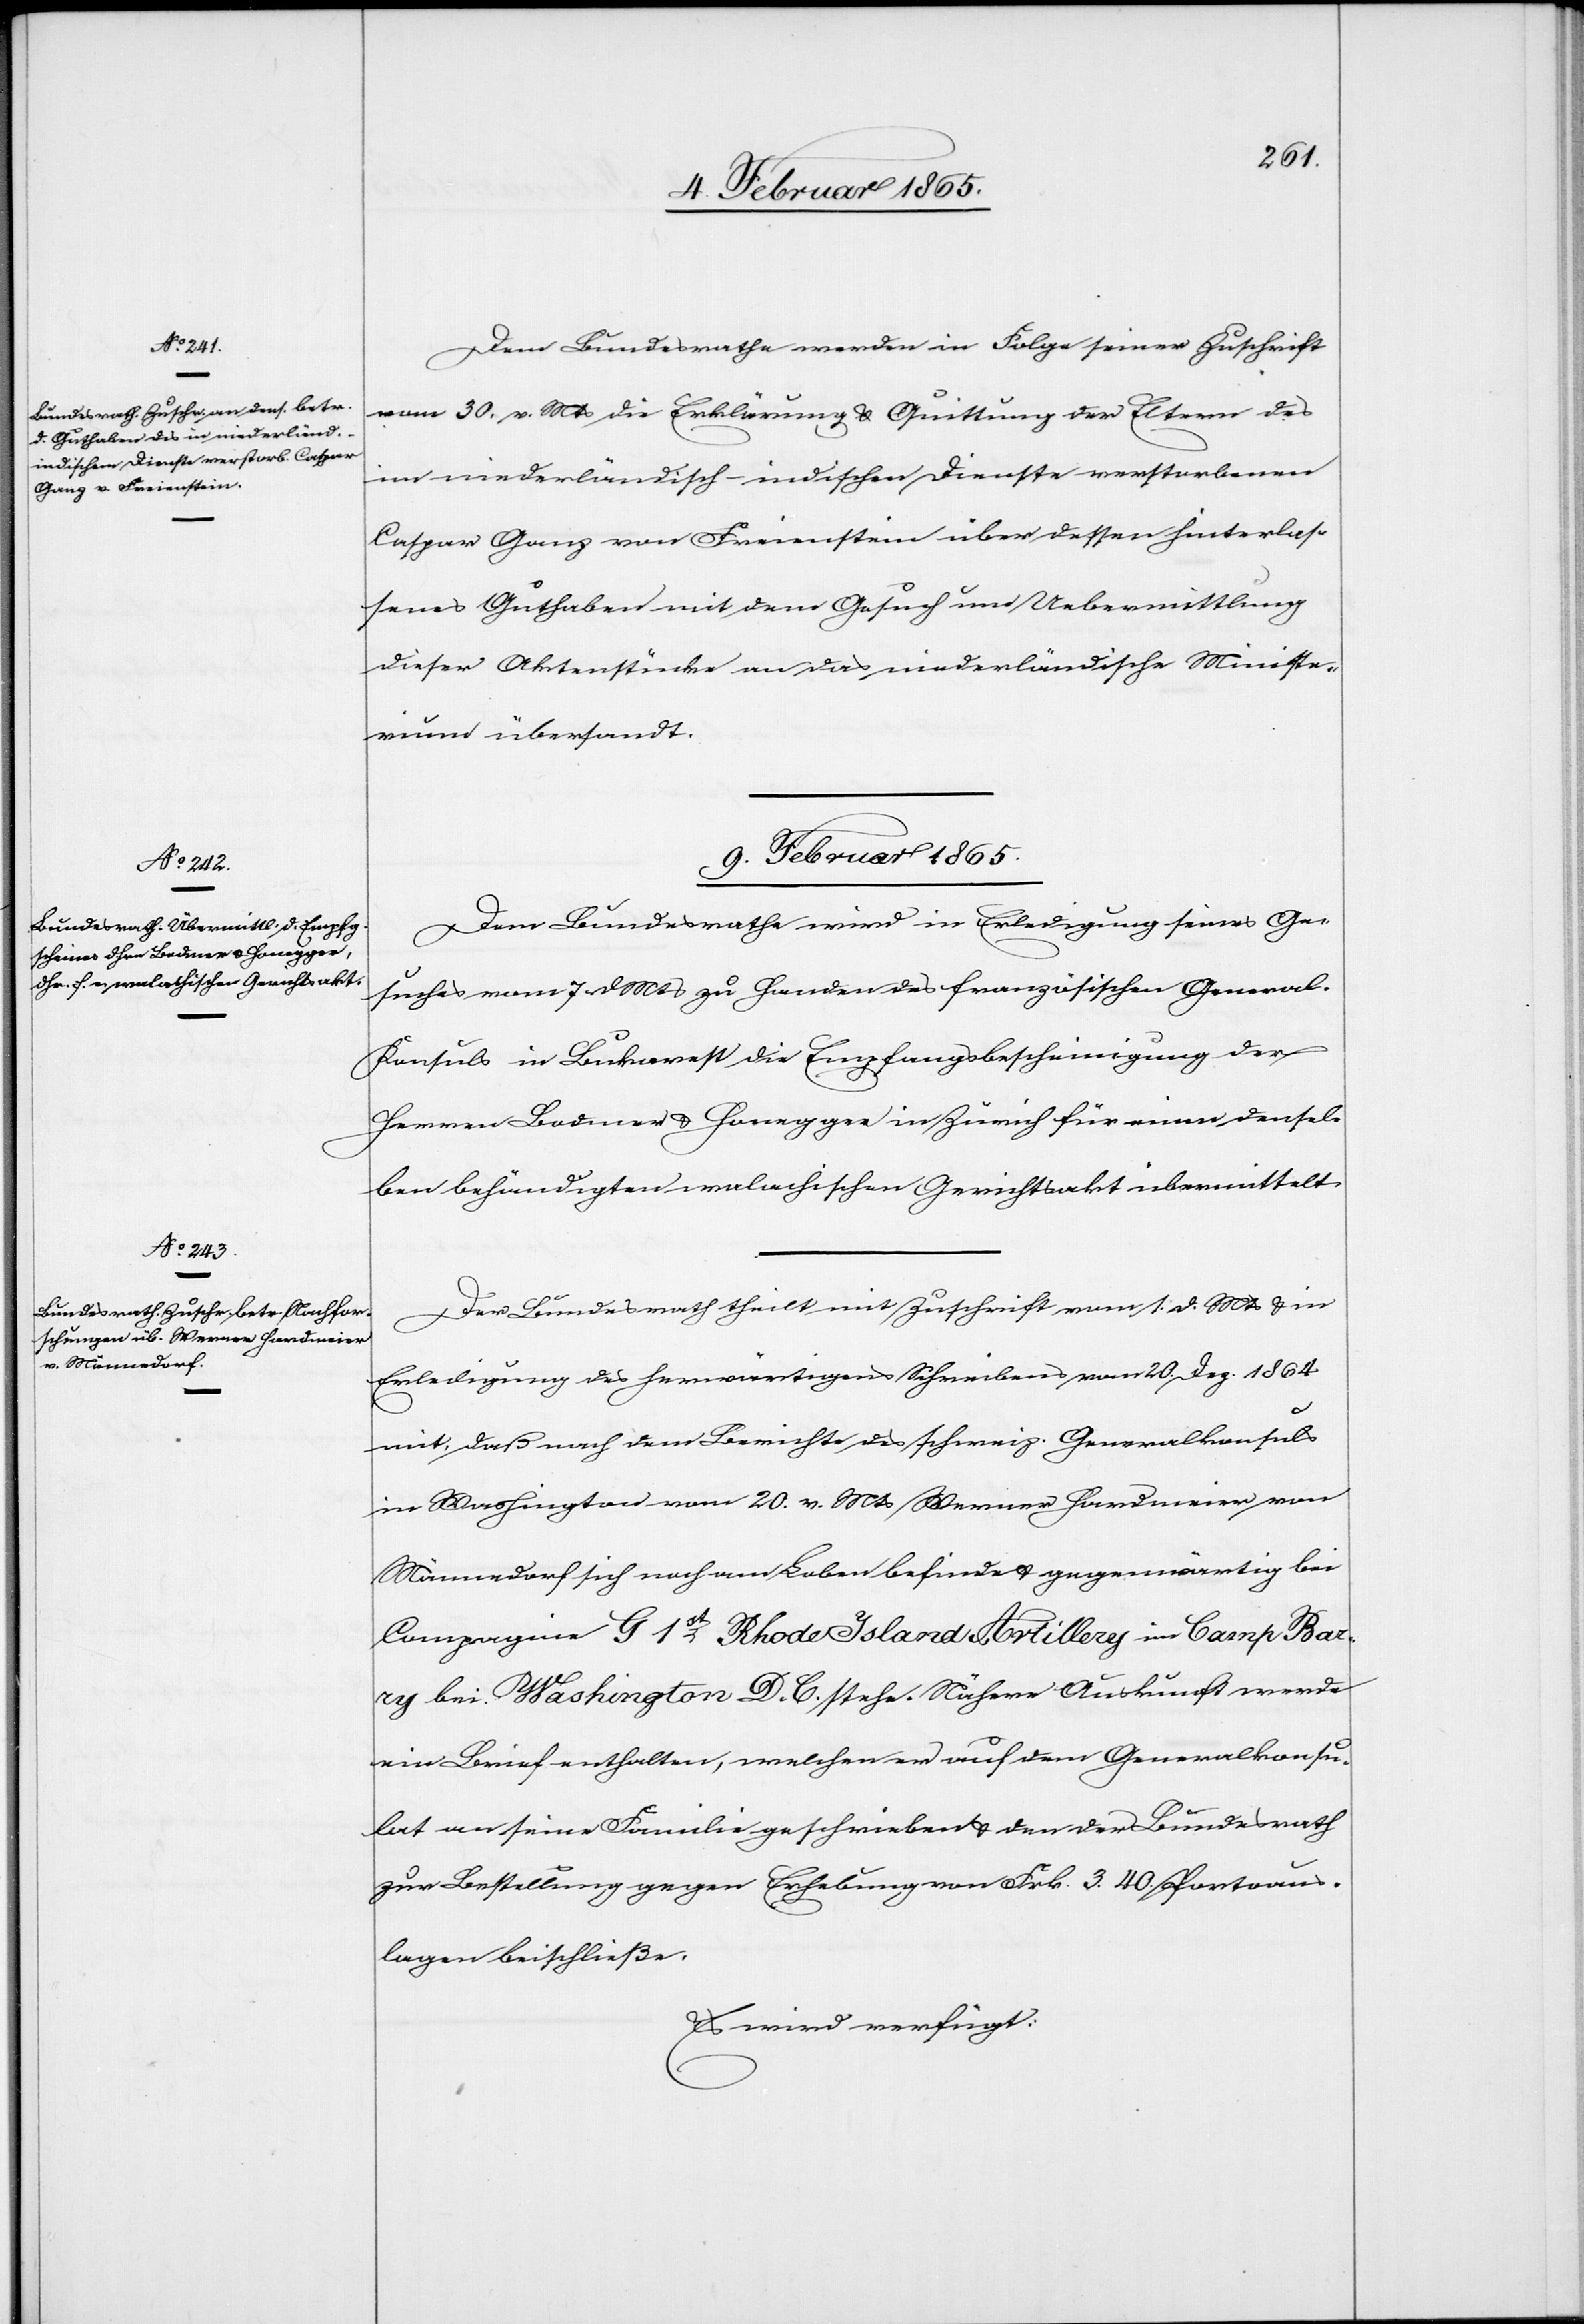
9. Februar 1865.]
Dem Bundesrathe werden in Folge seiner Zuschrift
vom 30. v. Mts die Erklärung u. Quittung der Eltern des
im niederländisch-indischen Dienste verstorbenen
Caspar Ganz von Freienstein über dessen hinterlas¬
senes Guthaben mit dem Gesuch um Uebermittlung
dieser Aktenstücke an das niederländische Ministe¬
rium übersandt.
9. Februar 1865.
Dem Bundesrathe wird in Erledigung seines Ge¬
suches vom 7. d. Mts zu Handen des französischen General-K¬
onsuls in Bukarest die Empfangsbescheinigung der
Herren Bodmer u. Honegger in Zürich für einen densel¬
ben behändigten walachischen Gerichtsakt übermittelt.
Der Bundesrath theilt mit Zuschrift vom 1. d. Mts u. in
Erledigung des herwärtigens Schreibens vom 20. Dez. 1864
mit, daß nach dem Berichte des schweiz. Generalkonsuls
in Washington vom 20. v. Mts Werner Hardmeier von
Männedorf sich noch am Leben befinde u. gegenwärtig bei
Compagnie G 1st Rhode Island Artillery im Camp Bar¬
ry bei Washington D. C. stehe. Nähere Auskunft werde
ein Brief enthalten, welchen er auf dem Generalkonsu¬
lat an seine Familie geschrieben u. den der Bundesrath
zur Bestellung gegen Erhebung von Frk. 3. 40 Portoaus¬
lagen beischließe.
Es wird verfügt: